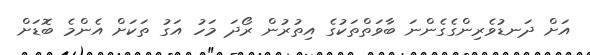
އަށް ދަނޑުވެރިންގެގެންނަ ބާވަތްތަކުގެ އިތުރުން ރޯދަ މަހު އަގު ތަކަށް އެންމެ ބޮޑަށް